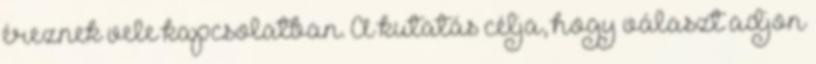
éreznek vele kapcsolatban. A kutatás célja, hogy választ adjon